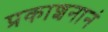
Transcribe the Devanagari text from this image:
प्रकाशनानं